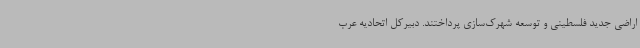
اراضی جدید فلسطینی و توسعه شهرک‌سازی پرداختند. دبیرکل اتحادیه عرب